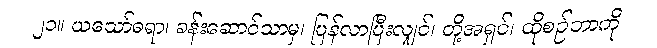
၂၁။ ယသော်ဓရာ၊ ခန်းဆောင်သာမှ၊ ပြန်လာပြီးလျှင်၊ တို့အရှင်၊ ထိုစဉ်ဘာကို